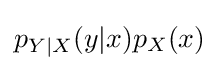
p_{Y|X}(y|x)p_{X}(x)